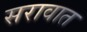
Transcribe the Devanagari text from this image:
सरावात